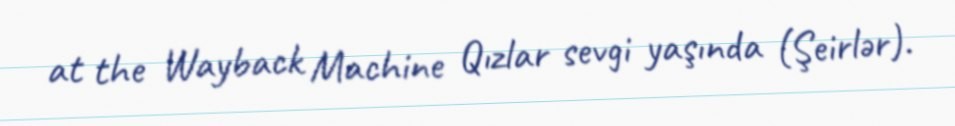
at the Wayback Machine Qızlar sevgi yaşında (Şeirlər).